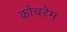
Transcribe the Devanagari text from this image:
कोचरेम